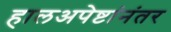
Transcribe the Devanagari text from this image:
हालअपेष्टांनंतर